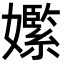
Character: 𡣵